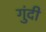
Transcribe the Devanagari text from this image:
गुंदी